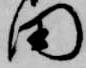
田